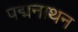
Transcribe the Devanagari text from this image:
पद्मनाथन